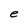
Character: e